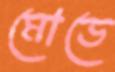
মোডে